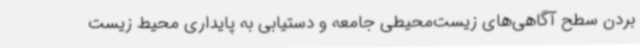
بردن سطح آگاهی‌های زیست‌محیطی جامعه و دستیابی به پایداری محیط زیست